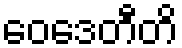
ဝေဒေတီတိ